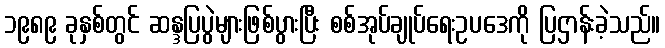
၁၉၈၉ ခုနှစ်တွင် ဆန္ဒပြပွဲများဖြစ်ပွားပြီး စစ်အုပ်ချုပ်ရေးဥပဒေကို ပြဌာန်းခဲ့သည်။